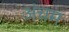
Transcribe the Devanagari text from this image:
अंचम